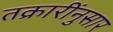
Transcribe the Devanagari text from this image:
तक्रारींनुसार